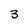
Character: 3